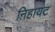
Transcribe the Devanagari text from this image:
निहायट